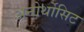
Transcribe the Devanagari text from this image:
अनोर्थोसिट